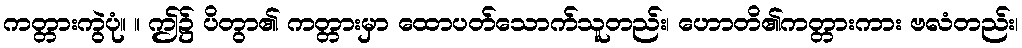
ကတ္တားကွဲပုံ။ ။ ဤ၌ ပိတွာ၏ ကတ္တားမှာ ထောပတ်သောက်သူတည်း၊ ဟောတိ၏ကတ္တားကား ဗလံတည်း၊